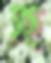
হ